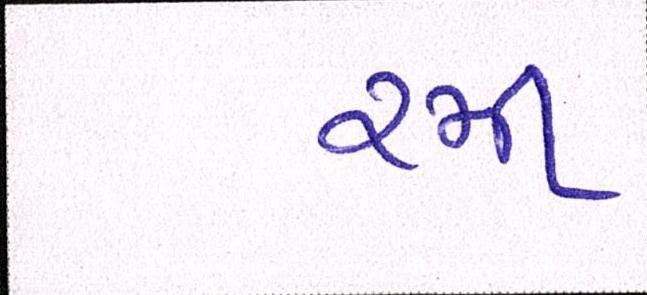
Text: રમી